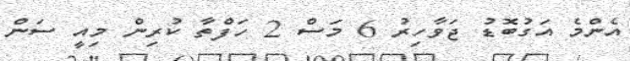
އެންމެ އަގުބޮޑު ޖަވާހިރު 6 މަސް 2 ހަފްތާ ކުރިން މިއީ ސަން